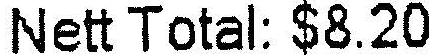
NETT TOTAL: $8.20